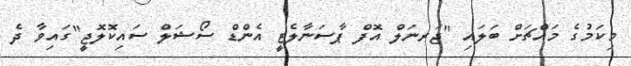
މިކަމުގެ މައްޗަށް ބަލައި "ޖަރނަލް އޮފް ޕާސަނާލެޓީ އެންޑް ސޯޝަލް ސައިކޮލޮޖީ"ގައިވާ ދެ